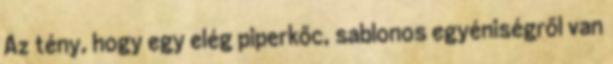
Az tény, hogy egy elég piperkőc, sablonos egyéniségről van